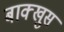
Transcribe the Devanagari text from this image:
बाक्खुस